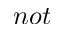
n o t